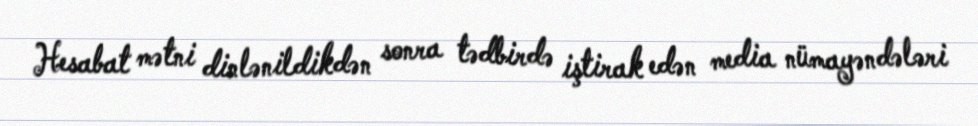
Hesabat mətni dinlənildikdən sonra tədbirdə iştirak edən media nümayəndələri